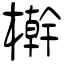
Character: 檊